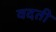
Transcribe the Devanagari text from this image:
वदती